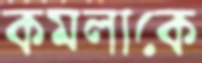
কমলাকে